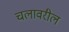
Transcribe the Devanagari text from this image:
चलावरील